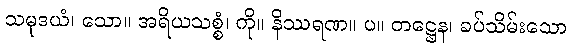
သမုဒယံ၊ သော။ အရိယသစ္စံ၊ ကို။ နိဿရဏ။ ပ။ တဋ္ဌေန၊ ခပ်သိမ်းသော